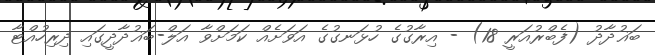
ބަޣުދާދު (ފެބްރުއަރީ 18) - އިރާގުގެ ހުޅަނގުގެ އަވަށެއް ކަމަށްވާ އަލް-ބަޣުދާދީގައި ދިރިހުއްޓާ